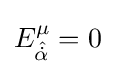
E_{\hat {\dot {\alpha }}}^{\mu }=0